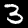
Digit: 3